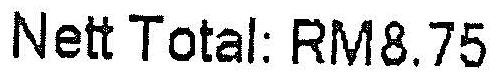
NETT TOTAL: RM8.75